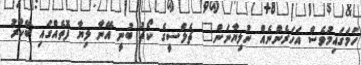
ހަމަގައިމުވެސް އަހަރެންނެއް ނުލިޔާނަން" ޗެލްސީގެ ކޯޗު ބުނީ އޭނާ ލިޔާ ފޮތެއްގައި ބޭކާރު